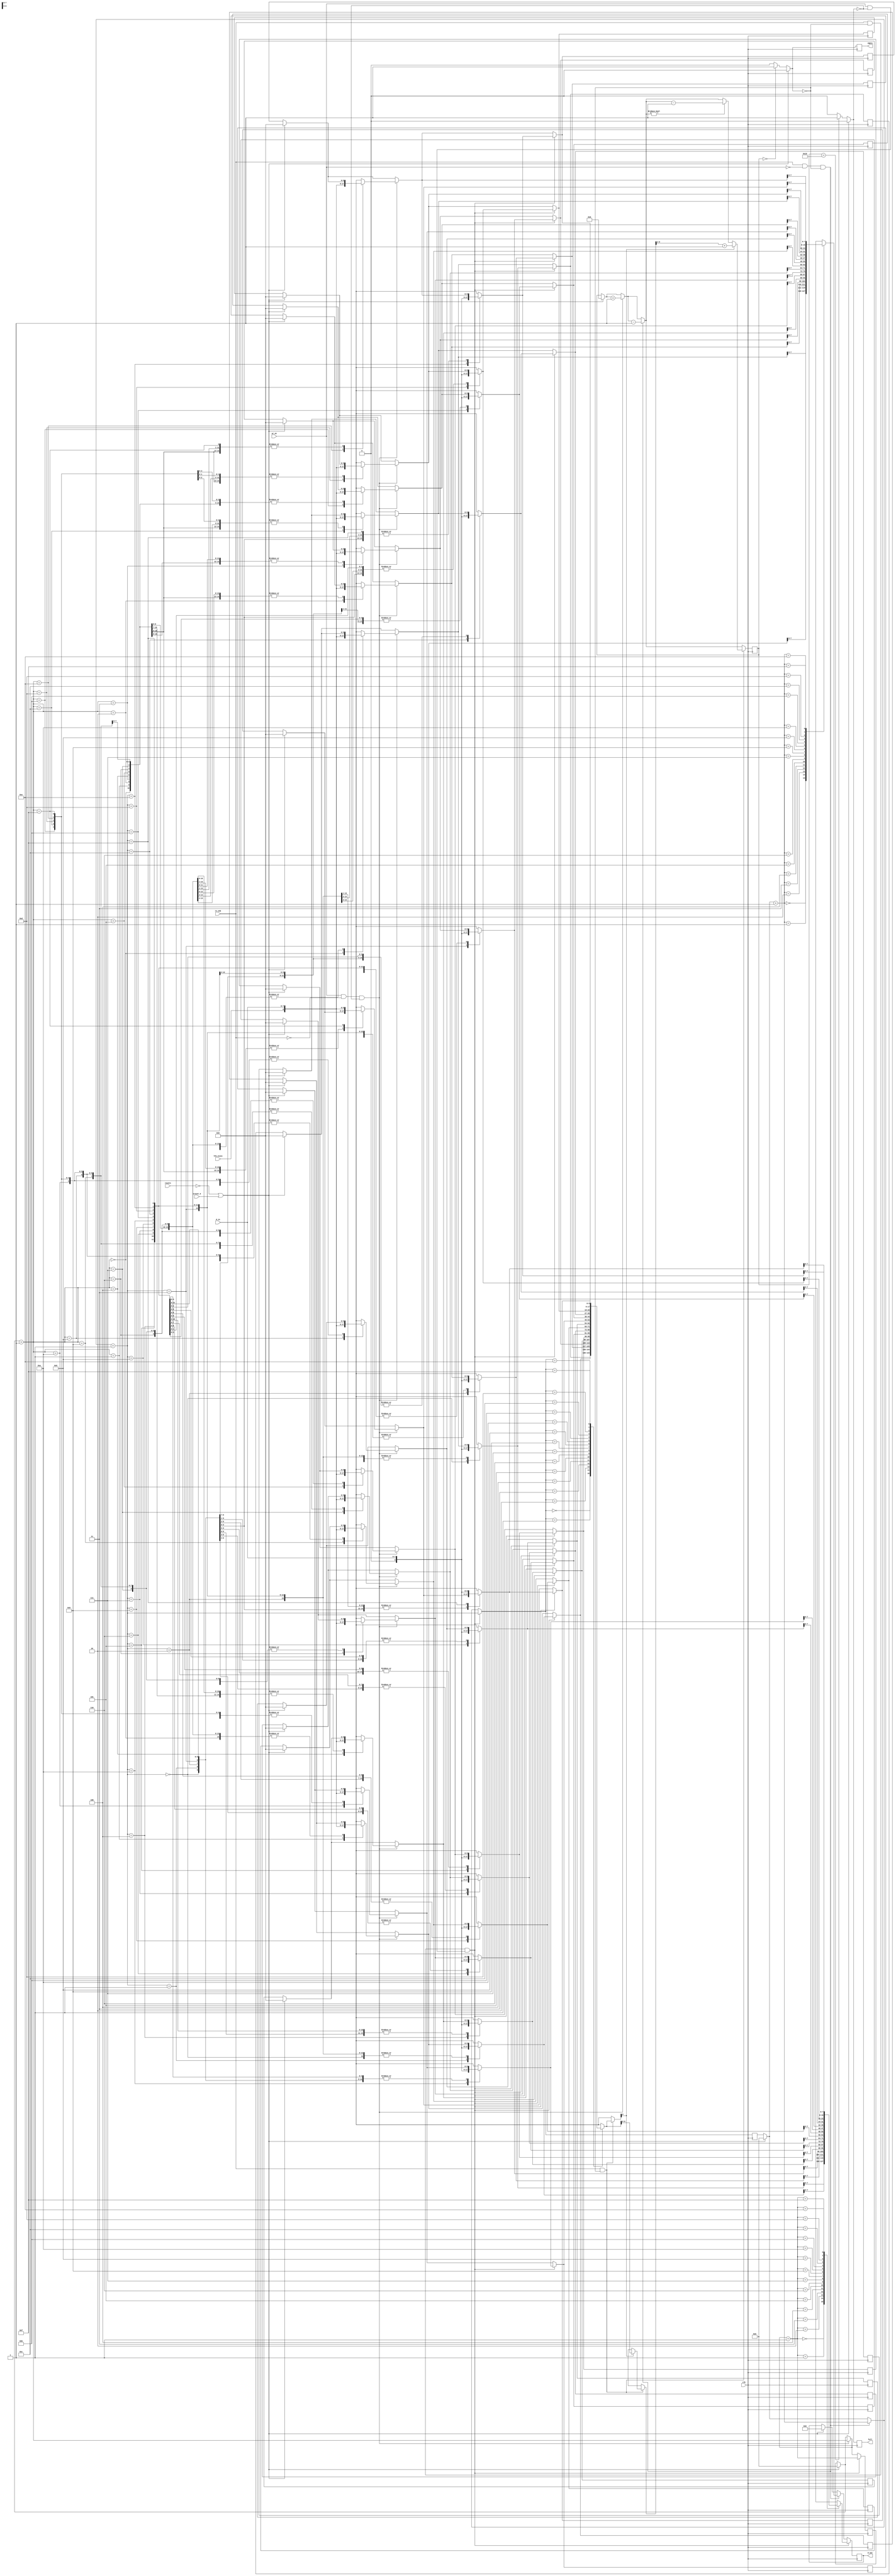
module fifo13(input clk,resetn,wr_en,sreset_0,re_enb,lfd_state,
              input [7:0]d_in,
              output reg empty,full,
              output reg[7:0]d_out);
//internal registers
reg[3:0]read_poin;
reg[3:0]write_poin;
reg [4:0]fifo_counter;
reg[8:0]mem[15:0];
integer i;
//empty and full signals
always@(posedge clk)
begin
begin
empty=(fifo_counter==5'b0)?1'b1:1'b0;
full=(fifo_counter==5'b10000)?1'b1:1'b0;
end
//always@(posedge clk)
begin
if(!resetn || sreset_0)
begin
for(i=0;i<16;i=i+1)
mem[i]=0;
write_poin=4'b0;
read_poin=4'b0;
{d_out,empty,full,fifo_counter}=0;
end
end
//write operatiom
//always@(posedge clk)
begin
if(wr_en && (!re_enb) && (!full))
begin 
write_poin=write_poin+1'b1;
mem[write_poin]={lfd_state,d_in};
fifo_counter=fifo_counter+1'b1;
end
else
write_poin=write_poin;
end
//read operation
////always@(posedge clk)
begin
if(re_enb && (!wr_en) && (!empty))
begin
read_poin=read_poin+1'b1;
d_out=mem[read_poin];
fifo_counter=fifo_counter-1'b1;
end
else
read_poin=read_poin;
end
//write and read operaation
//always@(posedge clk)
begin
if((re_enb & (!empty)) && (wr_en & (!full)))
begin
read_poin=read_poin+1'b1;
write_poin=write_poin+1'b1;
mem[read_poin]=d_in;
d_out=mem[write_poin];
end
else
begin
read_poin=read_poin;
write_poin=write_poin;
end
end
//always@(posedge clk)
	begin
		
		 if(re_enb && (!empty))
			begin
				if(mem[read_poin[3:0]][8])                          
                                        fifo_counter<=mem[read_poin[3:0]][7:2]+1'b1;

				else if(fifo_counter!=6'd0)
					fifo_counter<=fifo_counter-1'b1;
				
			end
	
	end
	end
endmodule